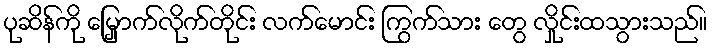
ပုဆိန်ကို မြှောက်လိုက်တိုင်း လက်မောင်း ကြွက်သား တွေ လှိုင်းထသွားသည်။